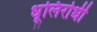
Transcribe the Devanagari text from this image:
धूलिरोधी